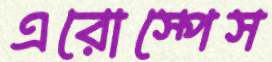
এরোস্পেস